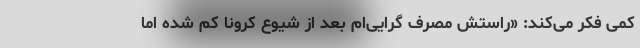
کمی فکر می‌کند: «راستش مصرف گرایی‌ام بعد از شیوع کرونا کم شده اما